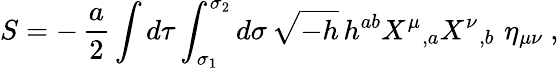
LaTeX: S=-\, {\frac{a}{2}}\int d\tau\int_{\sigma_{1}}^{\sigma_{2}}d\sigma\, \sqrt{-h}\, h^{ab}X^{\mu}\mathstrut_{,a}X^{\nu}\mathstrut_{,b}\, \, \eta_{\mu\nu}\ ,